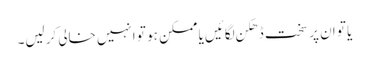
یا تو ان پر سخت ڈھکن لگائیں یا ممکن ہو تو انہیں خالی کرلیں۔